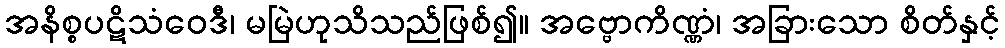
အနိစ္စပဋိသံဝေဒီ၊ မမြဲဟုသိသည်ဖြစ်၍။ အဗ္ဗောကိဏ္ဏံ၊ အခြားသော စိတ်နှင့်